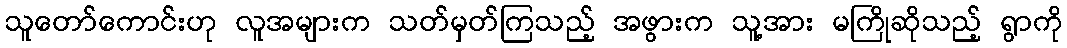
သူတော်ကောင်းဟု လူအများက သတ်မှတ်ကြသည့် အဖွားက သူ့အား မကြိုဆိုသည့် ရွာကို